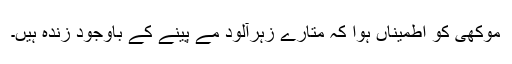
موکھی کو اطمیناں ہوا کہ متارے زہرآلود مے پینے کے باوجود زندہ ہیں۔